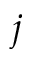
j